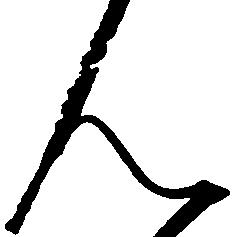
ん